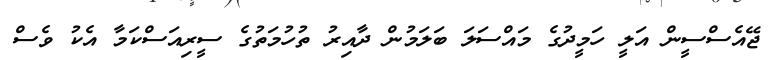
ޖޭއެސްސީން އަލީ ހަމީދުގެ މައްސަލަ ބަލަމުން ދާއިރު ތުހުމަތުގެ ސީރިއަސްކަމާ އެކު ވެސް